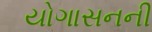
યોગાસનની